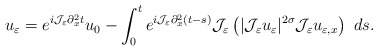
\begin{align*} u_{\varepsilon}=e^{i\mathcal{J}_{\varepsilon}\partial_{x}^{2}t}u_{0} -\int_{0}^{t}e^{i\mathcal{J}_{\varepsilon}\partial_{x}^{2}(t-s)} \mathcal{J}_{\varepsilon}\left(|\mathcal{J}_{\varepsilon}u_{\varepsilon}|^{2\sigma} \mathcal{J}_{\varepsilon}u_{\varepsilon,x}\right)\ ds.\end{align*}